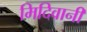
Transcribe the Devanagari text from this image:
मिदिवानी